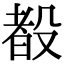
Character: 殾